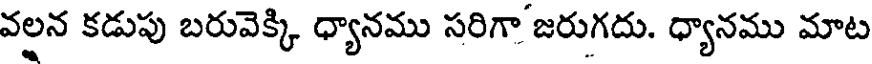
వలన కడుపు బరువెక్కి ధ్యానము సరిగా జరుగదు. ధ్యానము మాట